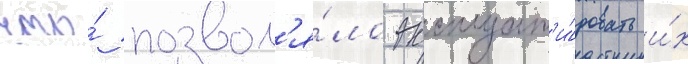
что́ позвол'я́ло эксплуат'и́ровать и́х